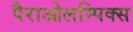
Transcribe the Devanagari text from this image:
पैराओलम्पिक्स